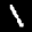
Label: 1